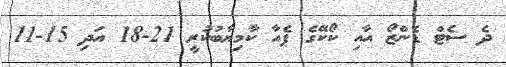
ދެ ސެޓް ޑެންޒޯ އާއި ކޯކޭގެ ޕެއާ ކާމިޔާބުކުރީ 21-18 އަދި 15-11